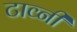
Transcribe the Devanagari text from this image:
टाव्नी